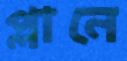
প্লানে